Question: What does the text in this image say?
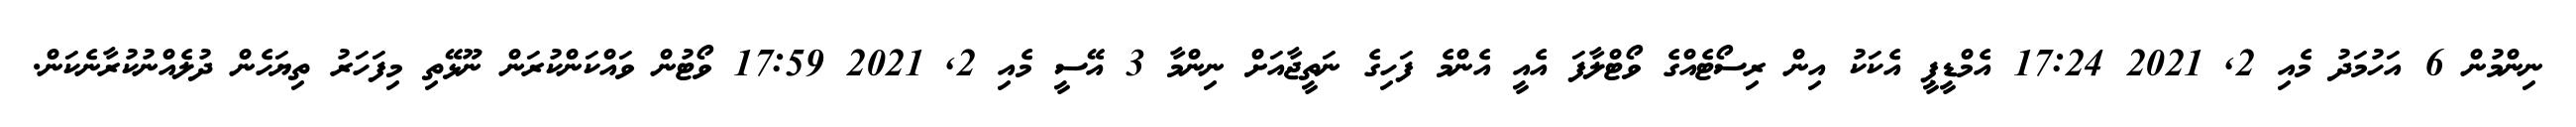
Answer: ނިންމުން 6 އަހުމަދު މެއި 2, 2021 17:24 އެމްޑީޕީ އެކަކު އިން ރިސޯޓެއްގެ ވޯޓްލާފަ އެއީ އެންމެ ފަހިގެ ނަތީޖާއަށް ނިންމާ 3 އޭސީ މެއި 2, 2021 17:59 ވޯޓުން ވައްކަންކުރަން ނޫޅޭތި މިފަހަރު ތިޔަހެން ދުލެއްނުކުރާނެކަން.